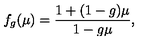
f _ { g } ( \mu ) = \frac { 1 + ( 1 - g ) \mu } { 1 - g \mu } ,